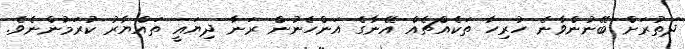
ދަތުރަށް ބޭނުންވާނެ ހުރިހާ ތަކެއްޗެއް އޭނާގެ އަންހެނުން ރަނާ ދިޔައީ ތައްޔާރު ކުރަމުންނެވެ.